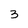
Character: 3